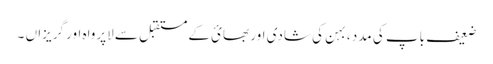
ضعیف باپ کی مدد ، بہن کی شادی اور بھائ کے مستقبل سے لاپرواہ اور گریزاں ۔